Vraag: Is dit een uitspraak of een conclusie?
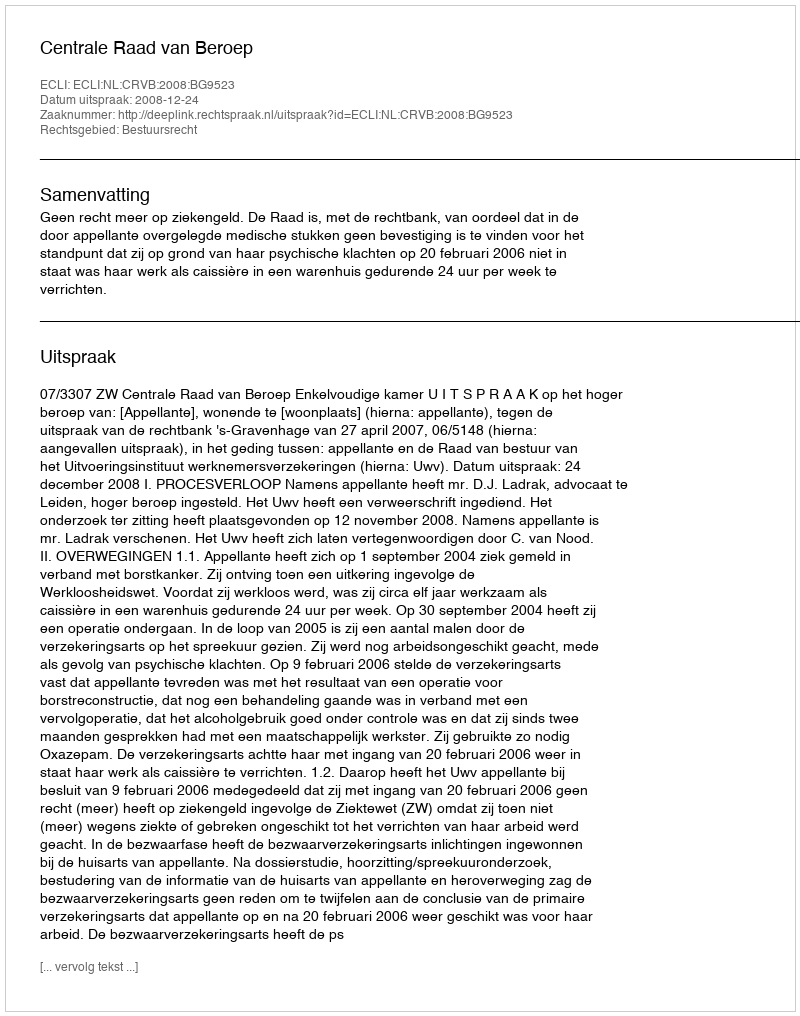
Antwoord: Uitspraak